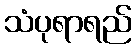
သံပုရာရည်